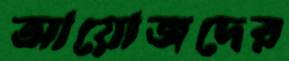
আয়োজদের